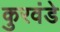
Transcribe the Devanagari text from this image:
कुरवंडे